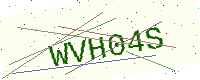
Text: WVH04S